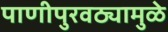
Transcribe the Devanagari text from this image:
पाणीपुरवठ्यामुळे